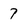
Character: 7